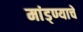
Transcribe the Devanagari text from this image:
मांड्ण्याचे